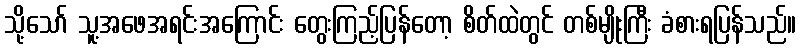
သို့သော် သူ့အဖေအရင်းအကြောင်း တွေးကြည့်ပြန်တော့ စိတ်ထဲတွင် တစ်မျိုးကြီး ခံစားရပြန်သည်။